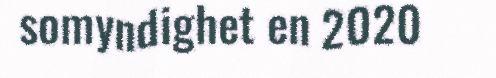
somyndighet en 2020